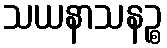
သယနာသနဉ္စ